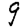
Digit: 9